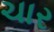
ચાર